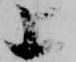
上